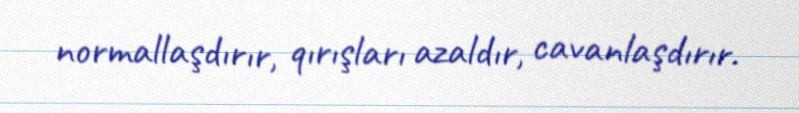
normallaşdırır, qırışları azaldır, cavanlaşdırır.